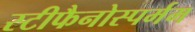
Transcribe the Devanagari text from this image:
स्टीफैनोस्पर्मम